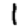
Digit: 1